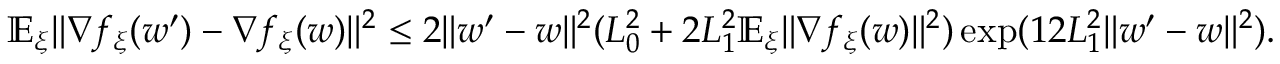
\begin{array} { r l } & { \mathbb { E } _ { \xi } \| \nabla f _ { \xi } ( w ^ { \prime } ) - \nabla f _ { \xi } ( w ) \| ^ { 2 } \le 2 \| w ^ { \prime } - w \| ^ { 2 } ( L _ { 0 } ^ { 2 } + 2 L _ { 1 } ^ { 2 } \mathbb { E } _ { \xi } \| \nabla f _ { \xi } ( w ) \| ^ { 2 } ) \exp ( 1 2 L _ { 1 } ^ { 2 } \| w ^ { \prime } - w \| ^ { 2 } ) . } \end{array}